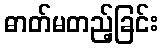
ဓာတ်မတည့်ခြင်း